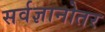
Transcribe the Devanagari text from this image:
सर्वज्ञानोतर